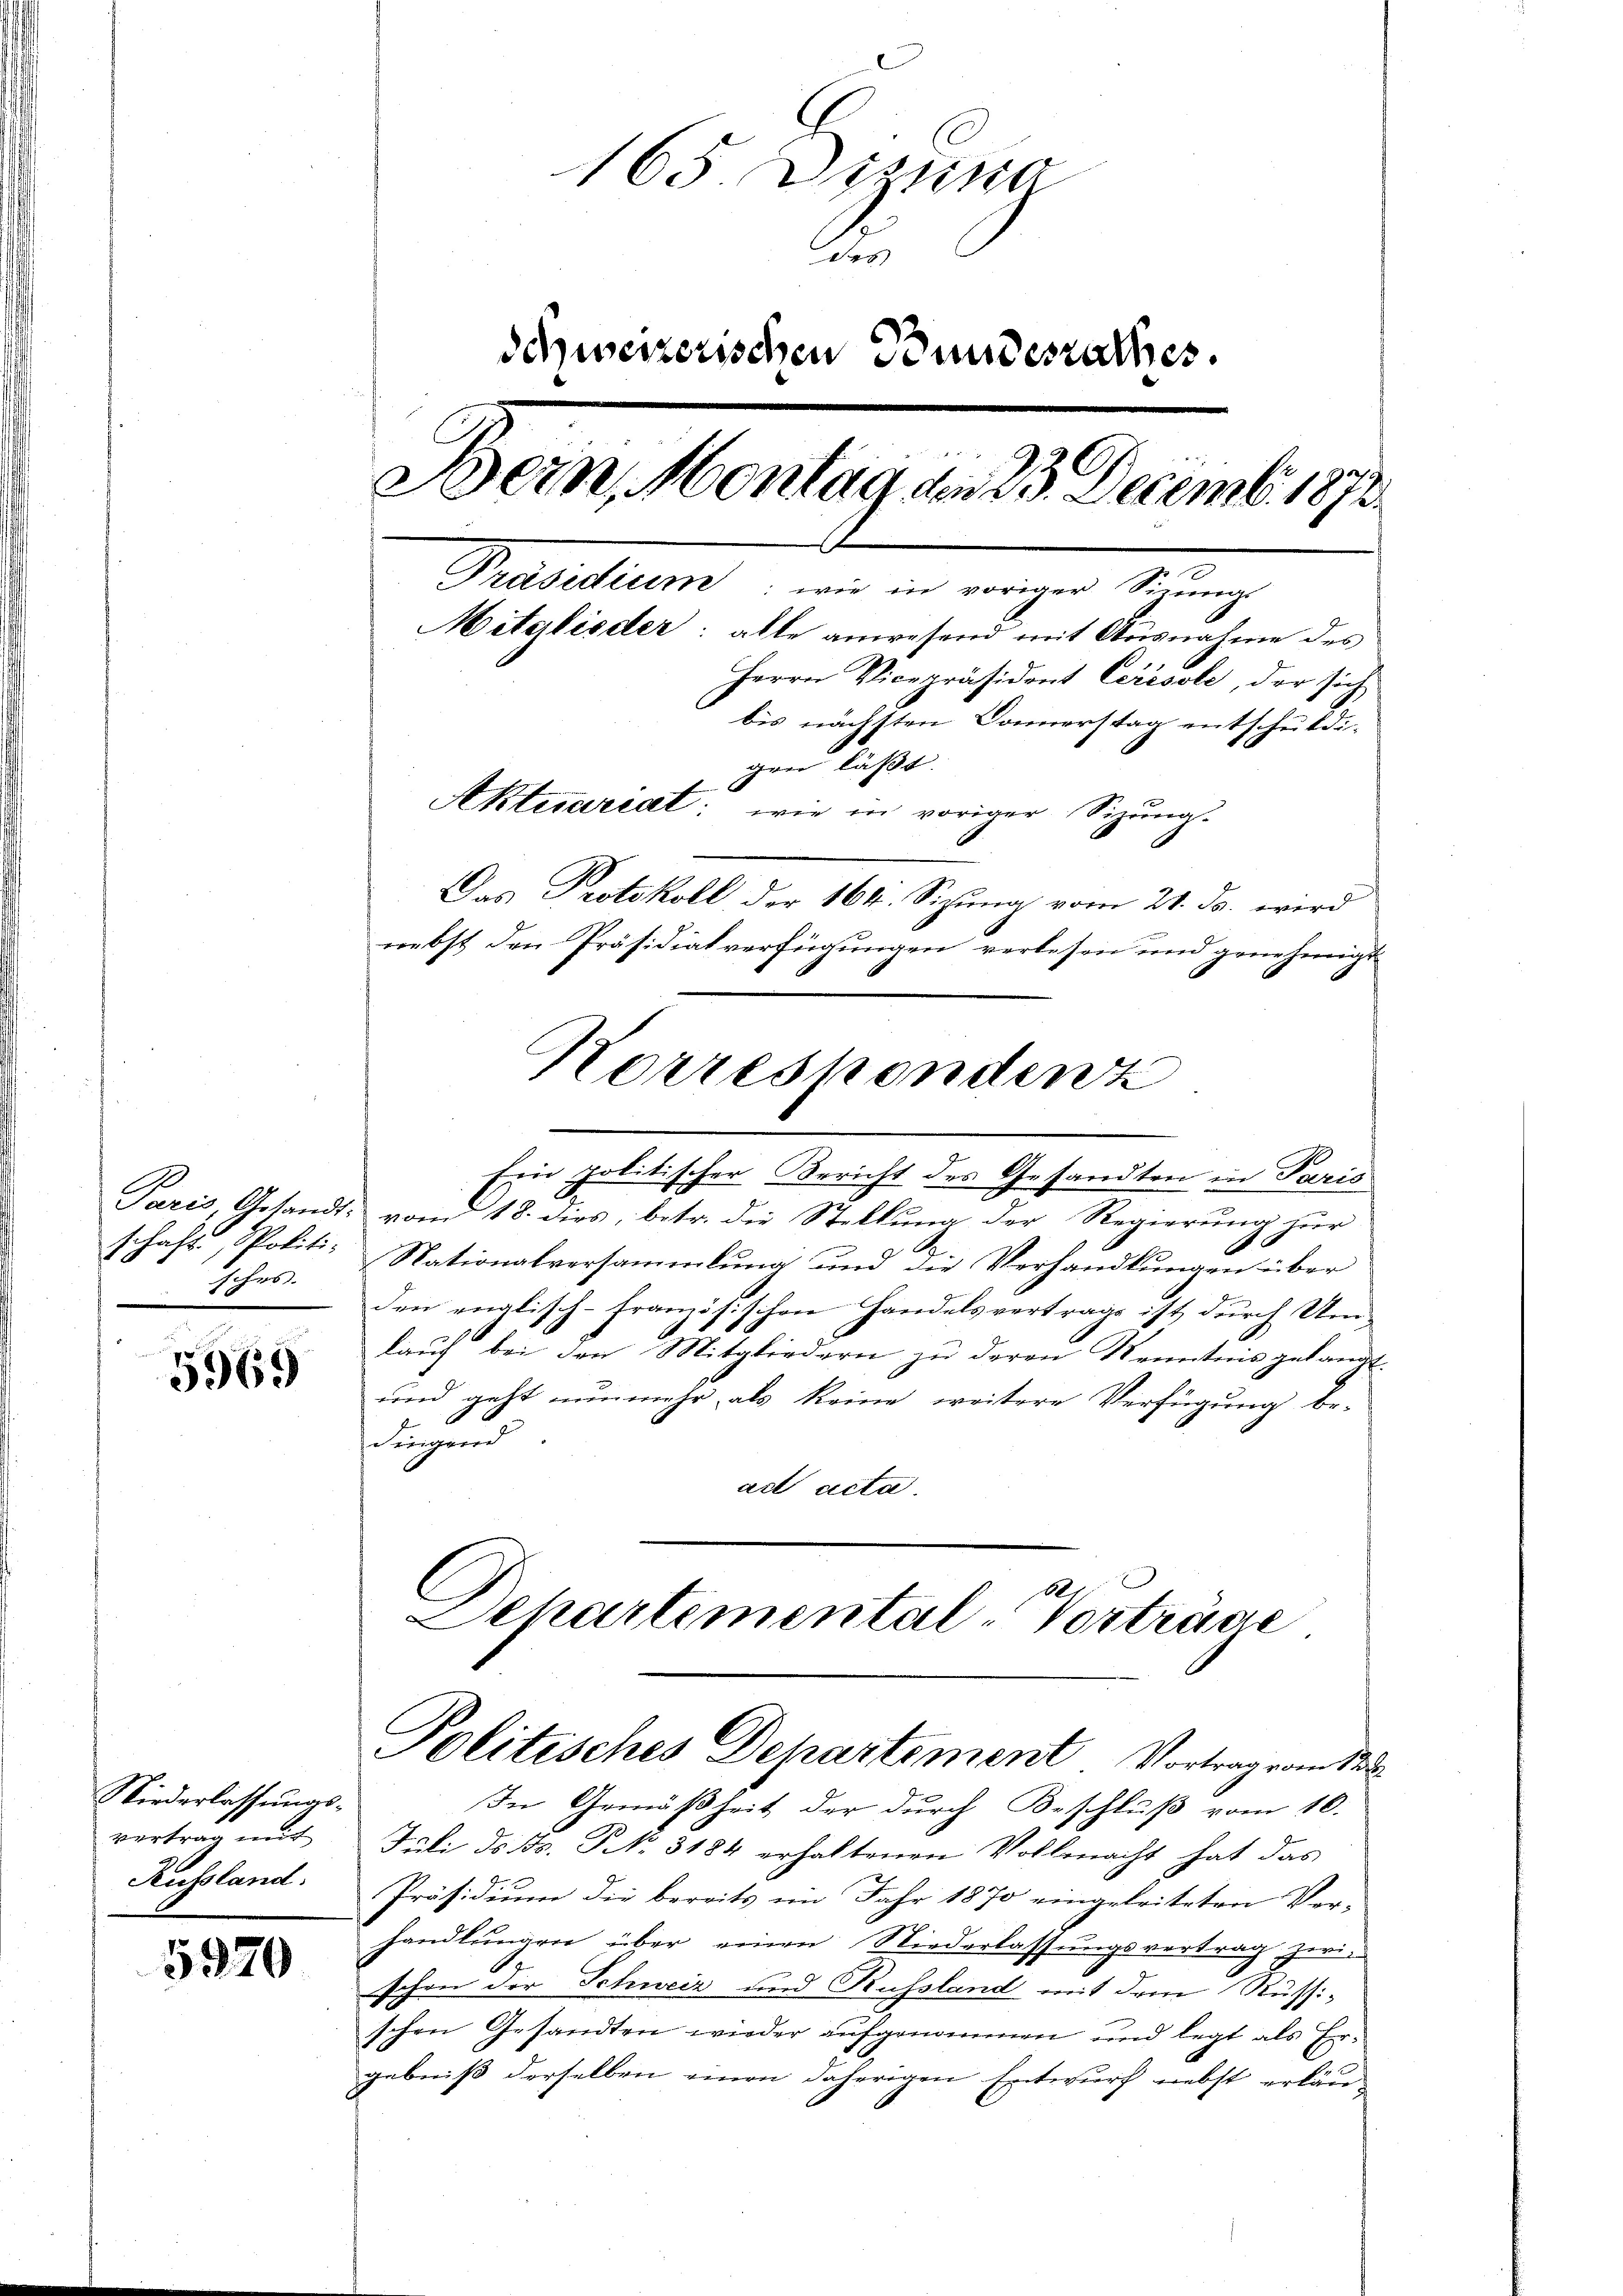
Paris Gesandt-
schaft, Politi-
hrs.

5969

Niederlassungsvertrag mit
Aussland.

5920

165. Distra
des
schweizerischen Bundesrathes.
930
Bein, Montag der 29. Decemb. 1872
Präsidium: wie in voriger Sinnig-
Miterlieder: alle anwesend mit Ausnahme des
Herrn Vicepräsident Ceresole, der sich
bis nächsten Donnerstag entschuldigen läßt.
Aktuariat: wie in voriger Sizung.
Das Protokoll der 164. Sizung vom 21. ds. wird
nebst den Präsidialverfügungen verlesen und genehmigt

Korreskendenz
Ein politischer Bericht des Gesandten in Paris
vom 18. dies, betr. die Stellung der Regierung zur
Nationalversammlung und die Verhandlungen über
den englisch-französischen Handelsvertrage ist durch Um-
lauch bei den Mitgliedern zu deren Kenntnis gelangt.
und geht nunmehr, als keine weitere Verfügung be-
dingend
act acta.

In Gemäßheit der durch Beschluß vom 10.
Juli ds Bs. NNo. 3184 erhaltenen Vollmacht hat das
Präsidium die bereits im Jahr 1870 eingeleiteten Ver-
handlungen über einen Niederlassungsvertrag zwi
schon der Schweiz und Russland mit dem Russi-
schen Gesandten wieder aufgenommen und legt als Ergebniß derselben einen daherigen Entwurf nebst erkäre

Schartemental Vorträge
Politisches Departement Vortrag vom 12.